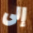
إلى